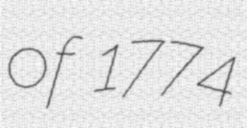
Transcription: of 1774